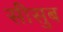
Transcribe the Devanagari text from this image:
सीसुब